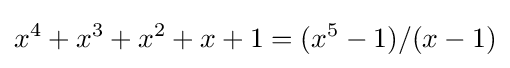
x^{4}+x^{3}+x^{2}+x+1=(x^{5}-1)/(x-1)